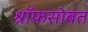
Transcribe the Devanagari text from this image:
श्रॉफसोबत